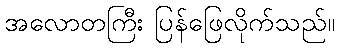
အလောတကြီး ပြန်ဖြေလိုက်သည်။